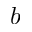
b